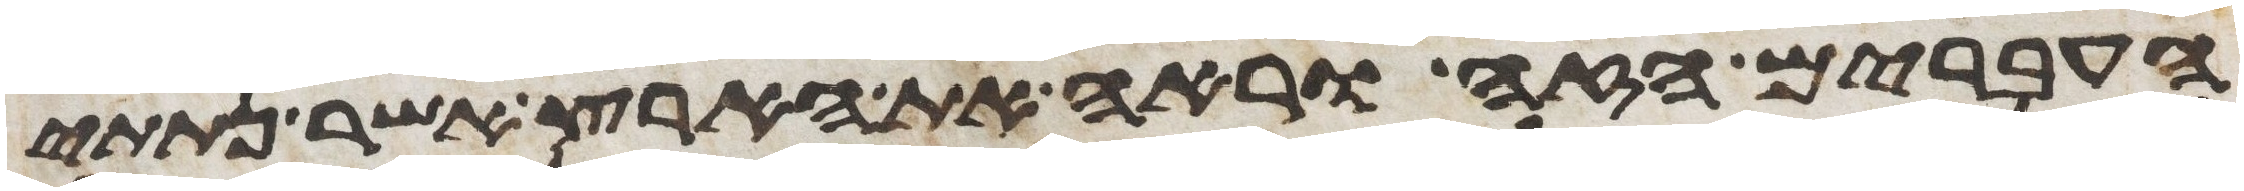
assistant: העברים הזה וראה את הארץ אשר נתתי